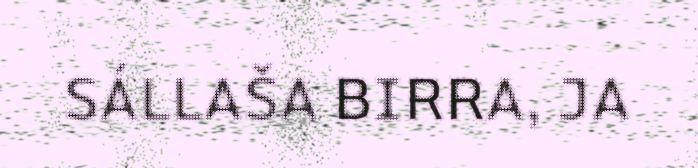
SÁLLAŠA BIRRA, JA